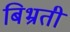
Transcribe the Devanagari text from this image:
बिभ्रती